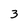
Character: 3